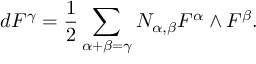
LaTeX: d F ^ { \gamma } = \frac { 1 } { 2 } \sum _ { \alpha + \beta = \gamma } N _ { \alpha , \beta } F ^ { \alpha } \wedge F ^ { \beta } .